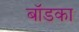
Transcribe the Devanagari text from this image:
बॉडका